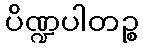
ပိဏ္ဍပါတဉ္စ